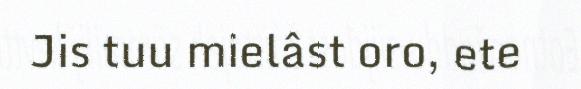
Jis tuu mielâst oro, ete